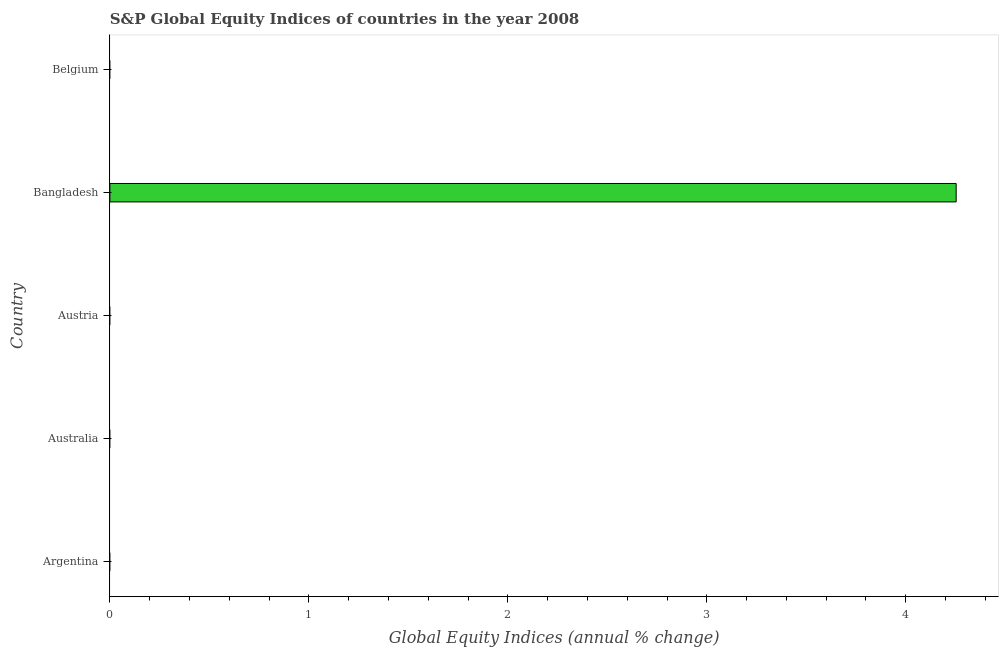
| Country | S&P Global Equity Indices |
 | --- | --- |
 | Argentina | -56.2 |
 | Australia | -54.1 |
 | Austria | -65.3 |
 | Bangladesh | 4.25 |
 | Belgium | -65.6 |